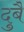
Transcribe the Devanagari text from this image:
दुबै